65_HS1-834228961_62-HQ-83894_Serial_438
Agency: FBI
Page 24
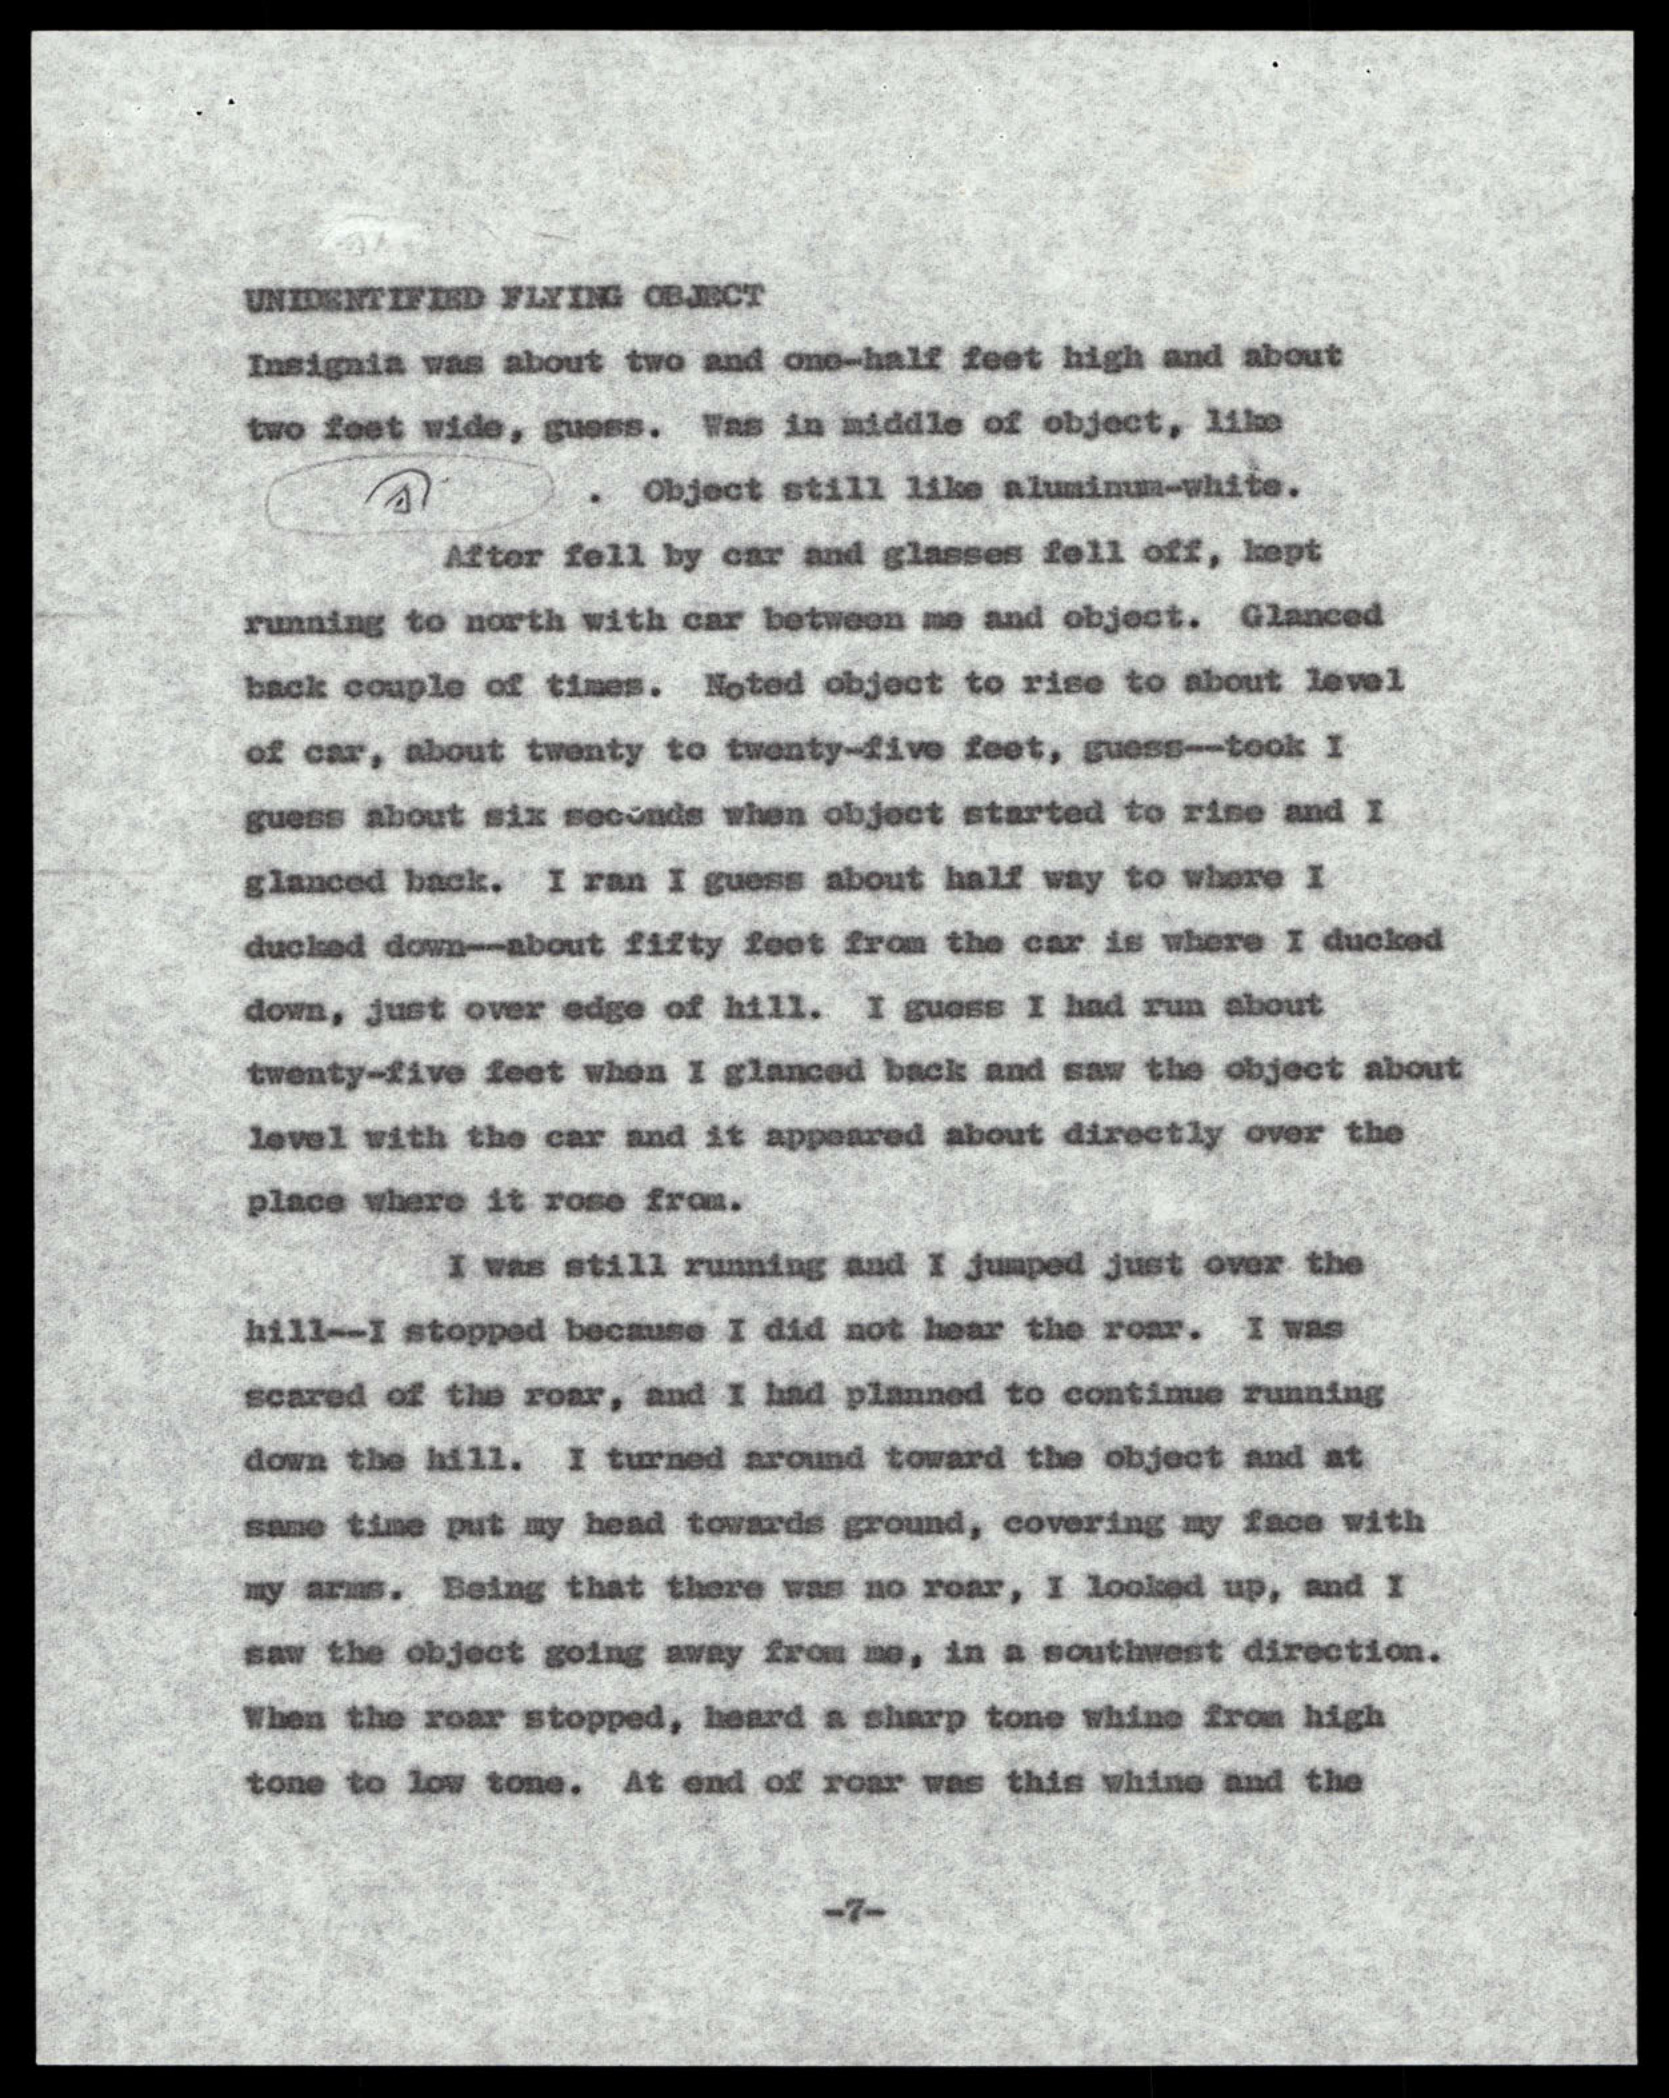